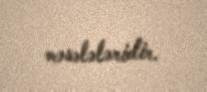
məsələləridir.